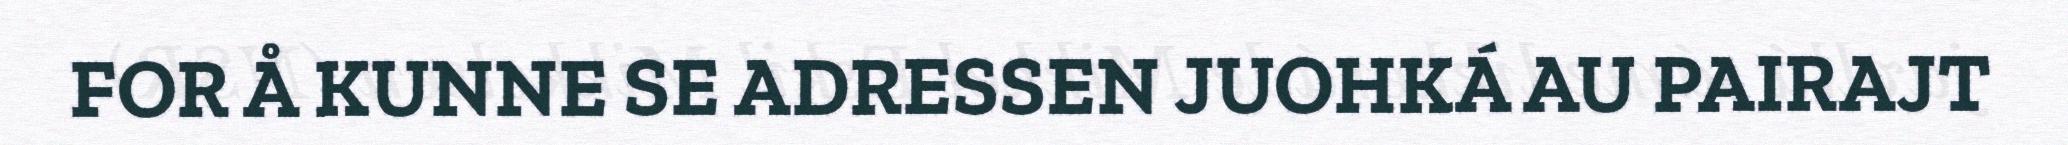
FOR Å KUNNE SE ADRESSEN JUOHKÁ AU PAIRAJT